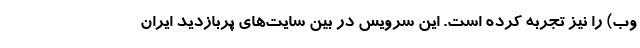
وب) را نیز تجربه کرده است. این سرویس در بین سایت‌های پربازدید ایران